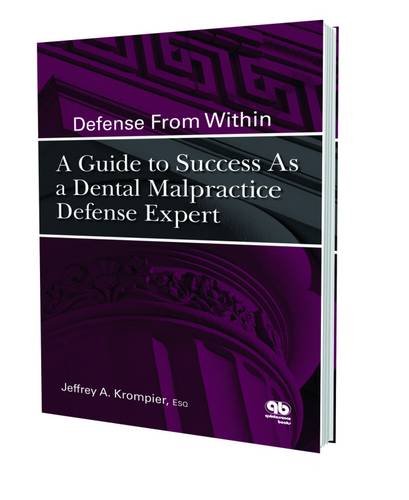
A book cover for Defense From Within: A Guide to Success As a Dental Malpractice Defense Expert; Jeffrey A. Krompier Esq; Business & Money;